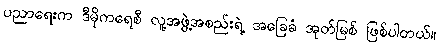
ပညာရေးက ဒီမိုကရေစီ လူ့အဖွဲ့အစည်းရဲ့ အခြေခံ အုတ်မြစ် ဖြစ်ပါတယ်။